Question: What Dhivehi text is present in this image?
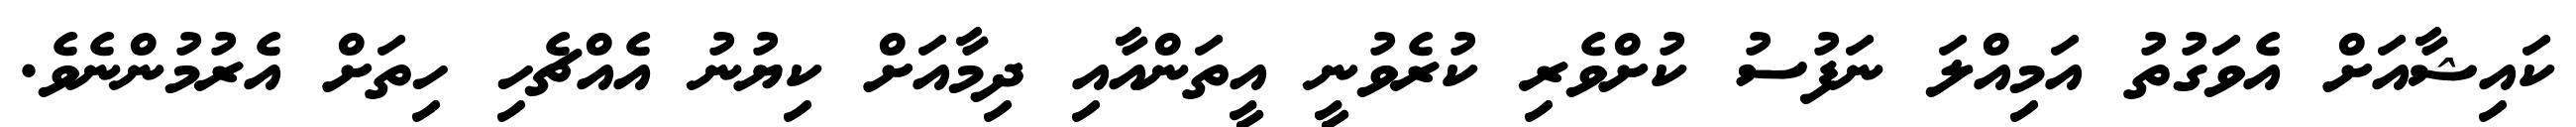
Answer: ކައިޝާއަށް އެވަގުތު އަމިއްލަ ނަފުސު ކުށްވެރި ކުރެވުނީ އީތަންއާއި ދިމާއަށް ކިޔުނު އެއްޗެހި ހިތަށް އެރުމުންނެވެ.